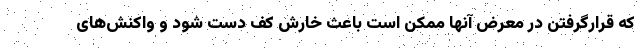
که قرارگرفتن در معرض آنها ممکن است باعث خارش کف دست شود و واکنش‌های